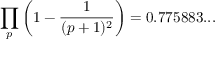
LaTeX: \prod _ { p } \left( 1 - { \frac { 1 } { ( p + 1 ) ^ { 2 } } } \right) = 0 . 7 7 5 8 8 3 . . .